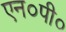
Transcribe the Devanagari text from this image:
एन०पी०